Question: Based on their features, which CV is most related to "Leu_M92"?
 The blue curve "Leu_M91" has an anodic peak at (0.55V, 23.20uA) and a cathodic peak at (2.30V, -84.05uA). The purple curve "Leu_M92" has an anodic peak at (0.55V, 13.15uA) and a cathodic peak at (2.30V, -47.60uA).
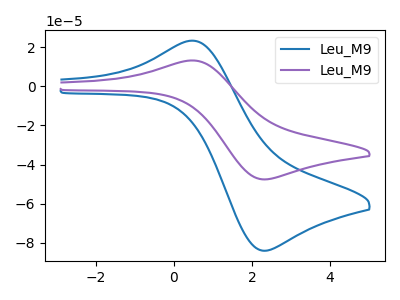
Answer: <think>All the peaks in "Leu_M91" have a peak in "Leu_M92" at the same potential. Every peak in "Leu_M91" is higher than every peak in "Leu_M92".
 </think>
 <answer>The CV with the most similar shape to "Leu_M91" is "Leu_M92".</answer>
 <eval>"Leu_M92"</eval>